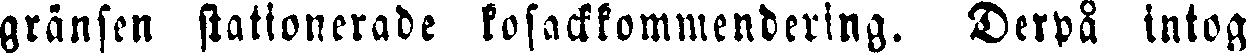
gränsen stationerade kosackkommendering. Derpå intog